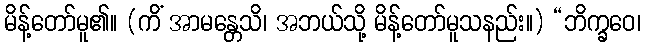
မိန့်တော်မူ၏။ (ကိံ အာမန္တေသိ၊ အဘယ်သို့ မိန့်တော်မူသနည်း။) “ဘိက္ခဝေ၊